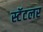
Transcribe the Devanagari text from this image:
स्टॅटलर